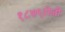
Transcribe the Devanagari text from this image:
१८७९रोजी